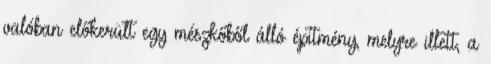
valóban előkerült egy mészkőből álló építmény, melyre illett, a